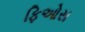
ફિઓસ